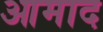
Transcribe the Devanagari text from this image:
आमाद